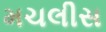
મચલીસ